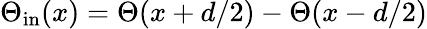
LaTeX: \Theta_{\mathrm{in}}(x)=\Theta(x+d/2)-\Theta(x-d/2)